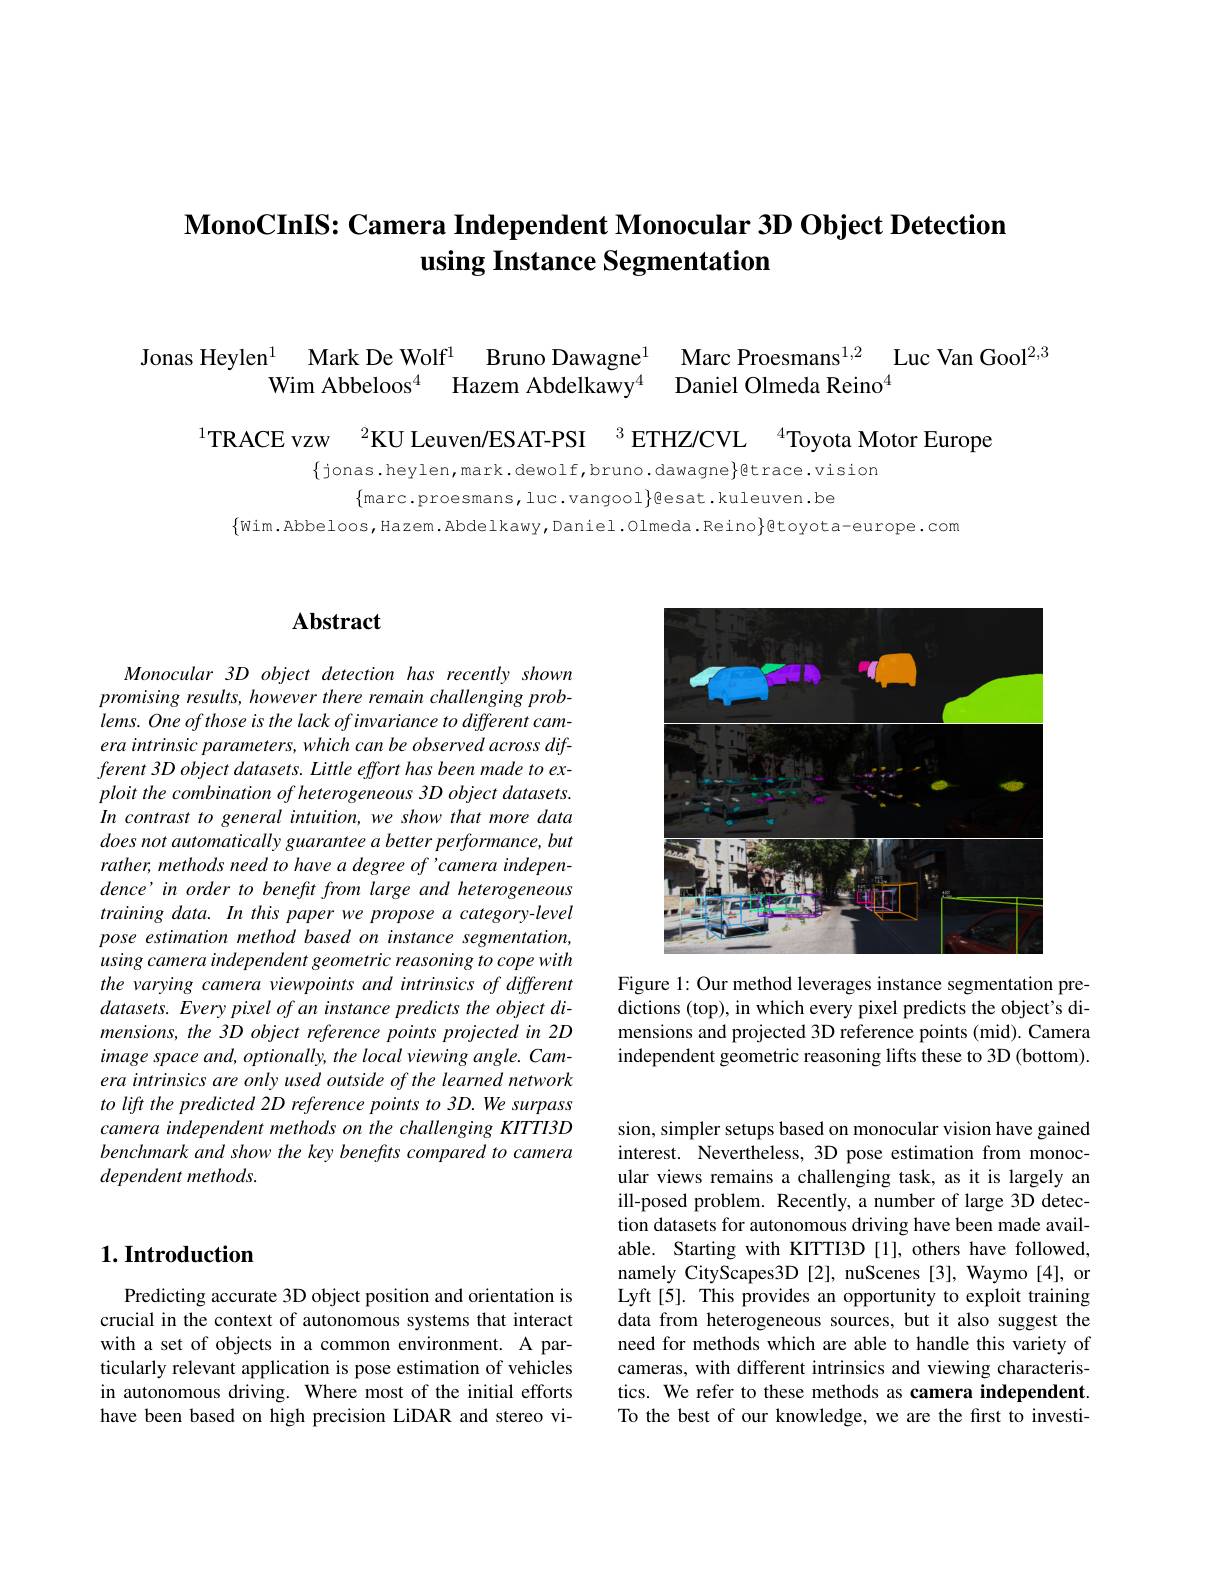
# $\textbf{MonoCInIS: Camera Independent Monocular 3D Object Detection}$ using Instance Segmentation

$\begin{array}{cc}{\text{nas Heylen}^{1}}&{\text{Mark De Wolf}^{1}}&{\text{Bruno Dawagne}^{1}}&{\text{Marc Proesmans}^{1,2}}\\{\text{Wim Abbeloos}^{4}}&{\text{Hazem Abdelkawy}^{4}}&{\text{Daniel Olmeda Reino}^{4}}\end{array}$Luc Van Gool$^{2,3}$
TRACE vzw $^{2}$KU Leuven/ESAT-PSI $^{3}$ETHZ/CVL$^{4}$Toyota Motor Europe

$\{$jonas.heylen,mark.dewolf,bruno.dawagne$\}$gtrace.vision
$\{$marc.proesmans,luc.vangool$\}$esat.kuleuven.be
$\{$Wim.Abbeloos,Hazem.Abdelkawy,Daniel.01meda.Reino$\}$gtoyota-europe.com

## $\mathbf{Abstract}$

Monocular 3D object detection has recently shown promising results, however there remain challenging problems. One of those is the lack of invariance to different camera intrinsic parameters, which can be observed across different 3D object datasets. Little effort has been made to exploit the combination of heterogeneous 3D object datasets. In contrast to general intuition, we show that more data does not automatically guarantee a better performance, but rather, methods need to have a degree of 'camera independence'in order to benefit from large and heterogeneous training data. In this paper we propose a category-level pose estimation method based on instance segmentation, using camera independent geometric reasoning to cope with the varying camera viewpoints and intrinsics of different $datasets.Everypixelofaninstancepredictstheobjectdi-$ mensions, the 3D object reference points projected in 2D image space and, optionally, the local viewing angle. Camera intrinsics are only used outside of the learned network to lift the predicted 2D reference points to 3D. We surpass camera independent methods on the challenging KITTI3D benchmark and show the key benefits compared to camera dependent methods.

<FigureHere>

Figure 1: Our method leverages instance segmentation predictions (top), in which every pixel predicts the object's dimensions and projected 3D reference points (mid). Camera independent geometric reasoning lifts these to 3D (bottom).

# $1. \textbf{Introduction}$

Predicting accurate 3D object position and orientation is crucial in the context of autonomous systems that interact with a set of objects in a common environment. A particularly relevant application is pose estimation of vehicles in autonomous driving. Where most of the initial efforts have been based on high precision LiDAR and stereo vi-

sion, simpler setups based on monocular vision have gained interest. Nevertheless, 3D pose estimation from monocular views remains a challenging task, as it is largely an ill-posed problem. Recently, a number of large 3D detection datasets for autonomous driving have been made available. Starting with KITTI3D [1], others have followed, namely CityScapes3D [2], nuScenes [3], Waymo [4], or Lyft[5]. This provides an opportunity to exploit training data from heterogeneous sources, but it also suggest the need for methods which are able to handle this variety of cameras, with different intrinsics and viewing characteristics. We refer to these methods as camera independent. To the best of our knowledge, we are the first to investi-